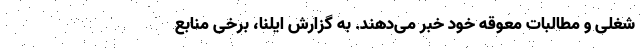
شغلی و مطالبات معوقه خود خبر می‌دهند. به گزارش ایلنا، برخی منابع